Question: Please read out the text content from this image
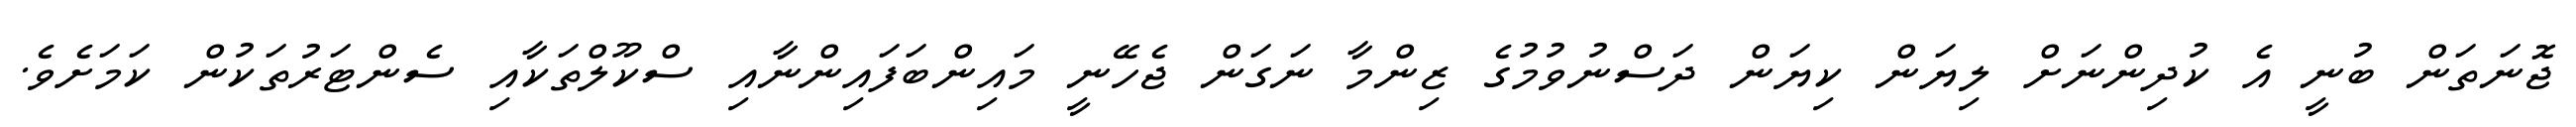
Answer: ޖޮނަތަން ބުނީ އެ ކުދިންނަށް ލިޔަން ކިޔަން ދަސްނުވުމުގެ ޒިންމާ ނަގަން ޖެހޭނީ މައިންބަފައިންނާއި ސްކޫލްތަކާއި ސެންޓަރުތަކުން ކަމަށެވެ.